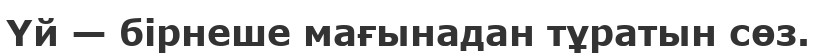
Үй — бірнеше мағынадан тұратын сөз.